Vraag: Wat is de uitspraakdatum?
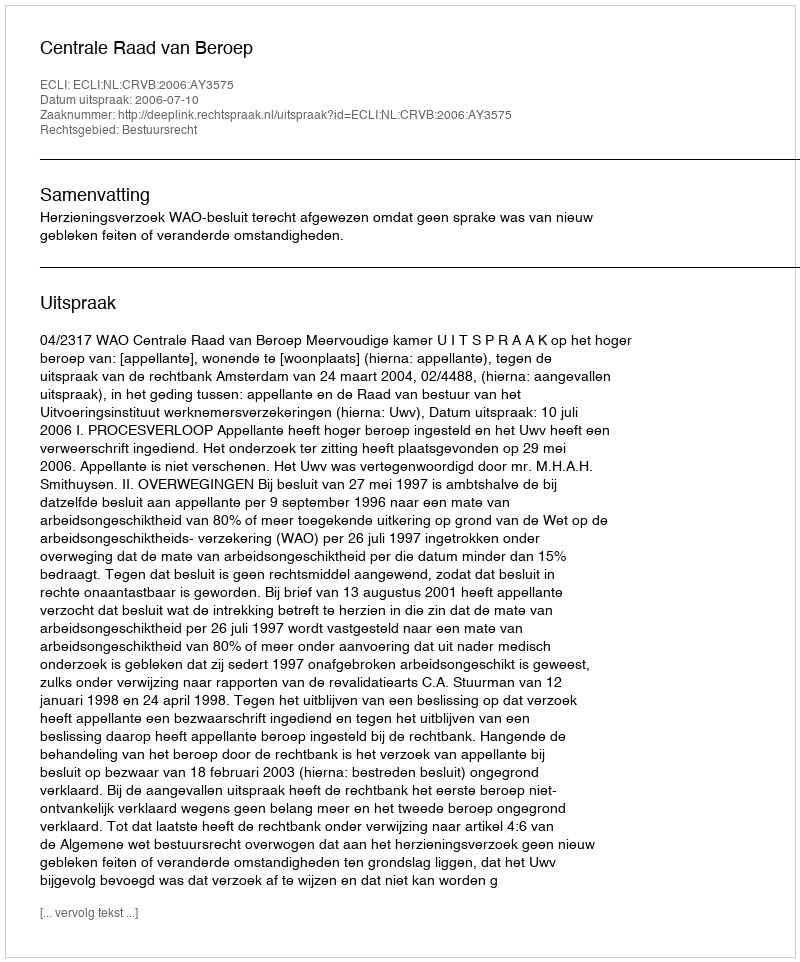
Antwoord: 2006-07-10